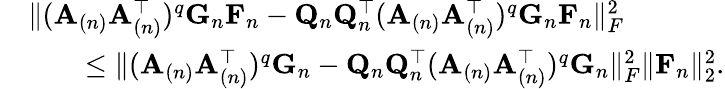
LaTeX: \begin{array}{rl}&{\| (\mathbf{A}_{(n)}\mathbf{A}_{(n)}^{\top})^{q}\mathbf{G}_{n}\mathbf{F}_{n}-\mathbf{Q}_{n}\mathbf{Q}_{n}^{\top}(\mathbf{A}_{(n)}\mathbf{A}_{(n)}^{\top})^{q}\mathbf{G}_{n}\mathbf{F}_{n}\| _{F}^{2}}\\ &{\quad\quad\leq\| (\mathbf{A}_{(n)}\mathbf{A}_{(n)}^{\top})^{q}\mathbf{G}_{n}-\mathbf{Q}_{n}\mathbf{Q}_{n}^{\top}(\mathbf{A}_{(n)}\mathbf{A}_{(n)}^{\top})^{q}\mathbf{G}_{n}\| _{F}^{2}\| \mathbf{F}_{n}\| _{2}^{2}.}\end{array}